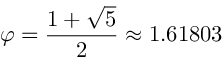
\varphi = { \frac { 1 + { \sqrt { 5 } } } { 2 } } \approx 1 . 6 1 8 0 3